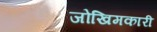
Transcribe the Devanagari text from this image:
जोखिमकारी